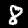
Label: 8